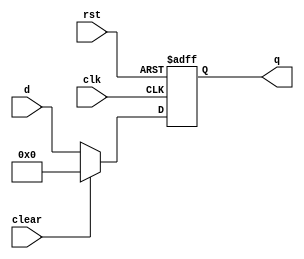
`timescale 1ns / 1ps
//////////////////////////////////////////////////////////////////////////////////
// Company: 
// Engineer: 
// 
// Design Name: 
// Module Name: flloprc
// Project Name: 
// Target Devices: 
// Tool Versions: 
// Description: 
// 
// Dependencies: 
// 
// Revision:
// Revision 0.01 - File Created
// Additional Comments:
// 
//////////////////////////////////////////////////////////////////////////////////


module floprc #(parameter WIDTH = 32)(
	input wire clk,rst,clear,
	input wire [WIDTH - 1:0] d,
	output reg [WIDTH - 1:0] q
    );
	always @(posedge clk,posedge rst) begin
		if(rst) begin
			q <= 0;
		end 
		else if(clear) begin
			q <= 0;
		end
		else begin
			q <= d;
		end
	end
endmodule